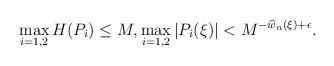
LaTeX: \begin{align*} \max_{i=1,2} H(P_{i}) \leq M, \max_{i=1,2} |P_{i}(\xi)|< M^{- \widehat{w}_{n}(\xi)+\epsilon}.\end{align*}